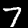
Digit: 7